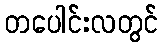
တပေါင်းလတွင်